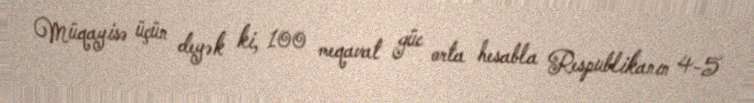
Müqayisə üçün deyək ki, 100 meqavat güc orta hesabla Respublikanın 4-5